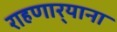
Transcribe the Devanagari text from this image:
राहणार्‍याना